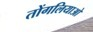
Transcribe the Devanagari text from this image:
तोंगलियाओ